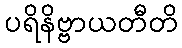
ပရိနိဗ္ဗာယတီတိ